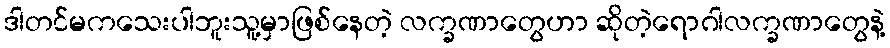
ဒါတင်မကသေးပါဘူးသူ့မှာဖြစ်နေတဲ့ လက္ခဏာတွေဟာ ဆိုတဲ့ရောဂါလက္ခဏာတွေနဲ့